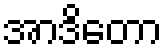
အာဒိတော